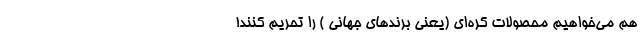
هم می‌خواهیم محصولات کره‌ای (یعنی برندهای جهانی ) را تحریم کنند!